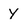
Character: y